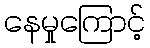
နေမှုကြောင့်